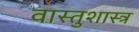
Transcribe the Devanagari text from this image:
वास्‍तुशास्‍त्र